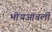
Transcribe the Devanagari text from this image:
भोंयआंवली